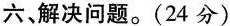
六、解决问题。(24分)